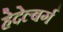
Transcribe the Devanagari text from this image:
हेदेल्बर्ग